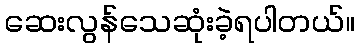
ဆေးလွန်သေဆုံးခဲ့ရပါတယ်။